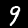
Digit: 9